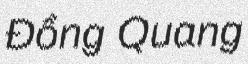
Đồng Quang